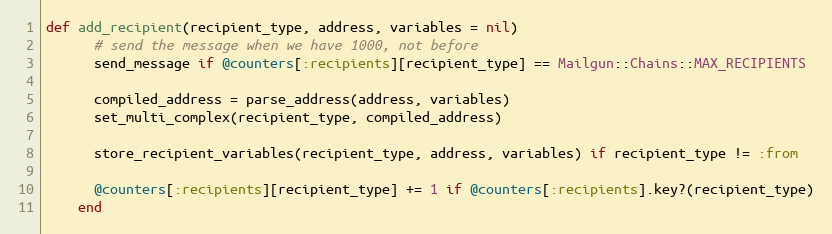
Language: Ruby
def add_recipient(recipient_type, address, variables = nil)
      # send the message when we have 1000, not before
      send_message if @counters[:recipients][recipient_type] == Mailgun::Chains::MAX_RECIPIENTS

      compiled_address = parse_address(address, variables)
      set_multi_complex(recipient_type, compiled_address)

      store_recipient_variables(recipient_type, address, variables) if recipient_type != :from

      @counters[:recipients][recipient_type] += 1 if @counters[:recipients].key?(recipient_type)
    end